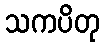
သကပိတု